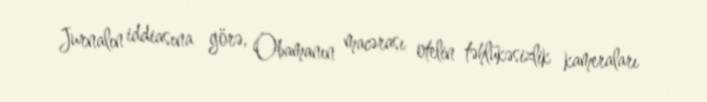
Jurnalın iddiasına görə, Obamanın macərası otelin təhlükəsizlik kameraları